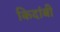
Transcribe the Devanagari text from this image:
किदांबी